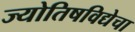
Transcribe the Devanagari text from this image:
ज्योतिषविद्येचा